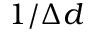
1 / \Delta d